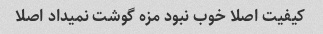
کیفیت اصلا خوب نبود مزه گوشت نمیداد اصلا